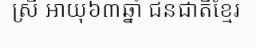
ស្រី អាយុ៦៣ឆ្នាំ ជនជាតិខ្មែរ